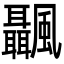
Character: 𩙝